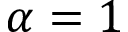
\alpha = 1